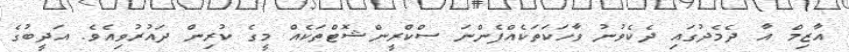
އާޒިމް އާ ދެމެދުގައި ދެކެވުނު ވާހަކަތަކެއްފެންނަ ސްކްރީންޝޮޓްތަކެއް މީގެ ކުރިން ދައުރުވިއެވެ. އަދީބުގެ